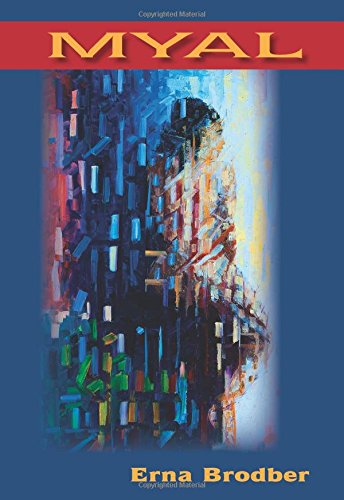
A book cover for Myal; Erna Brodber; Literature & Fiction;